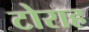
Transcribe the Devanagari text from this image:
टोराह